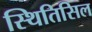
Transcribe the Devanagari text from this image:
स्थितिसिल